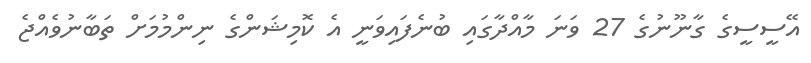
އޭސީސީގެ ގާނޫނުގެ 27 ވަނަ މާއްދާގައި ބުނެފައިވަނީ އެ ކޮމިޝަންގެ ނިންމުމަށް ތަބާނުވެއްޖެ